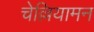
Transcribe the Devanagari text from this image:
चेल्लियामन